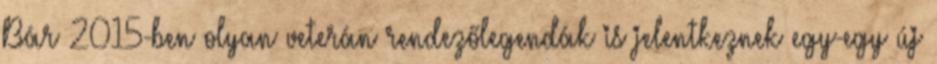
Bár 2015-ben olyan veterán rendezőlegendák is jelentkeznek egy-egy új